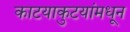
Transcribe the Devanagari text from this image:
काटयाकुटयांमधून